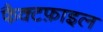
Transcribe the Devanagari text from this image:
फैक्टफ़ाइल